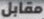
مقابل